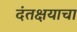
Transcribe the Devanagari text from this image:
दंतक्षयाचा